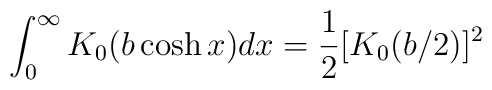
\int_{0}^{\infty}K_{0}(b\cosh x)dx=\frac{1}{2}[K_{0}(b/2)]^{2}